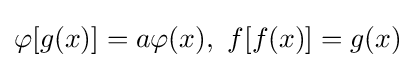
\varphi [g(x)]=a\varphi (x),\ f[f(x)]=g(x)